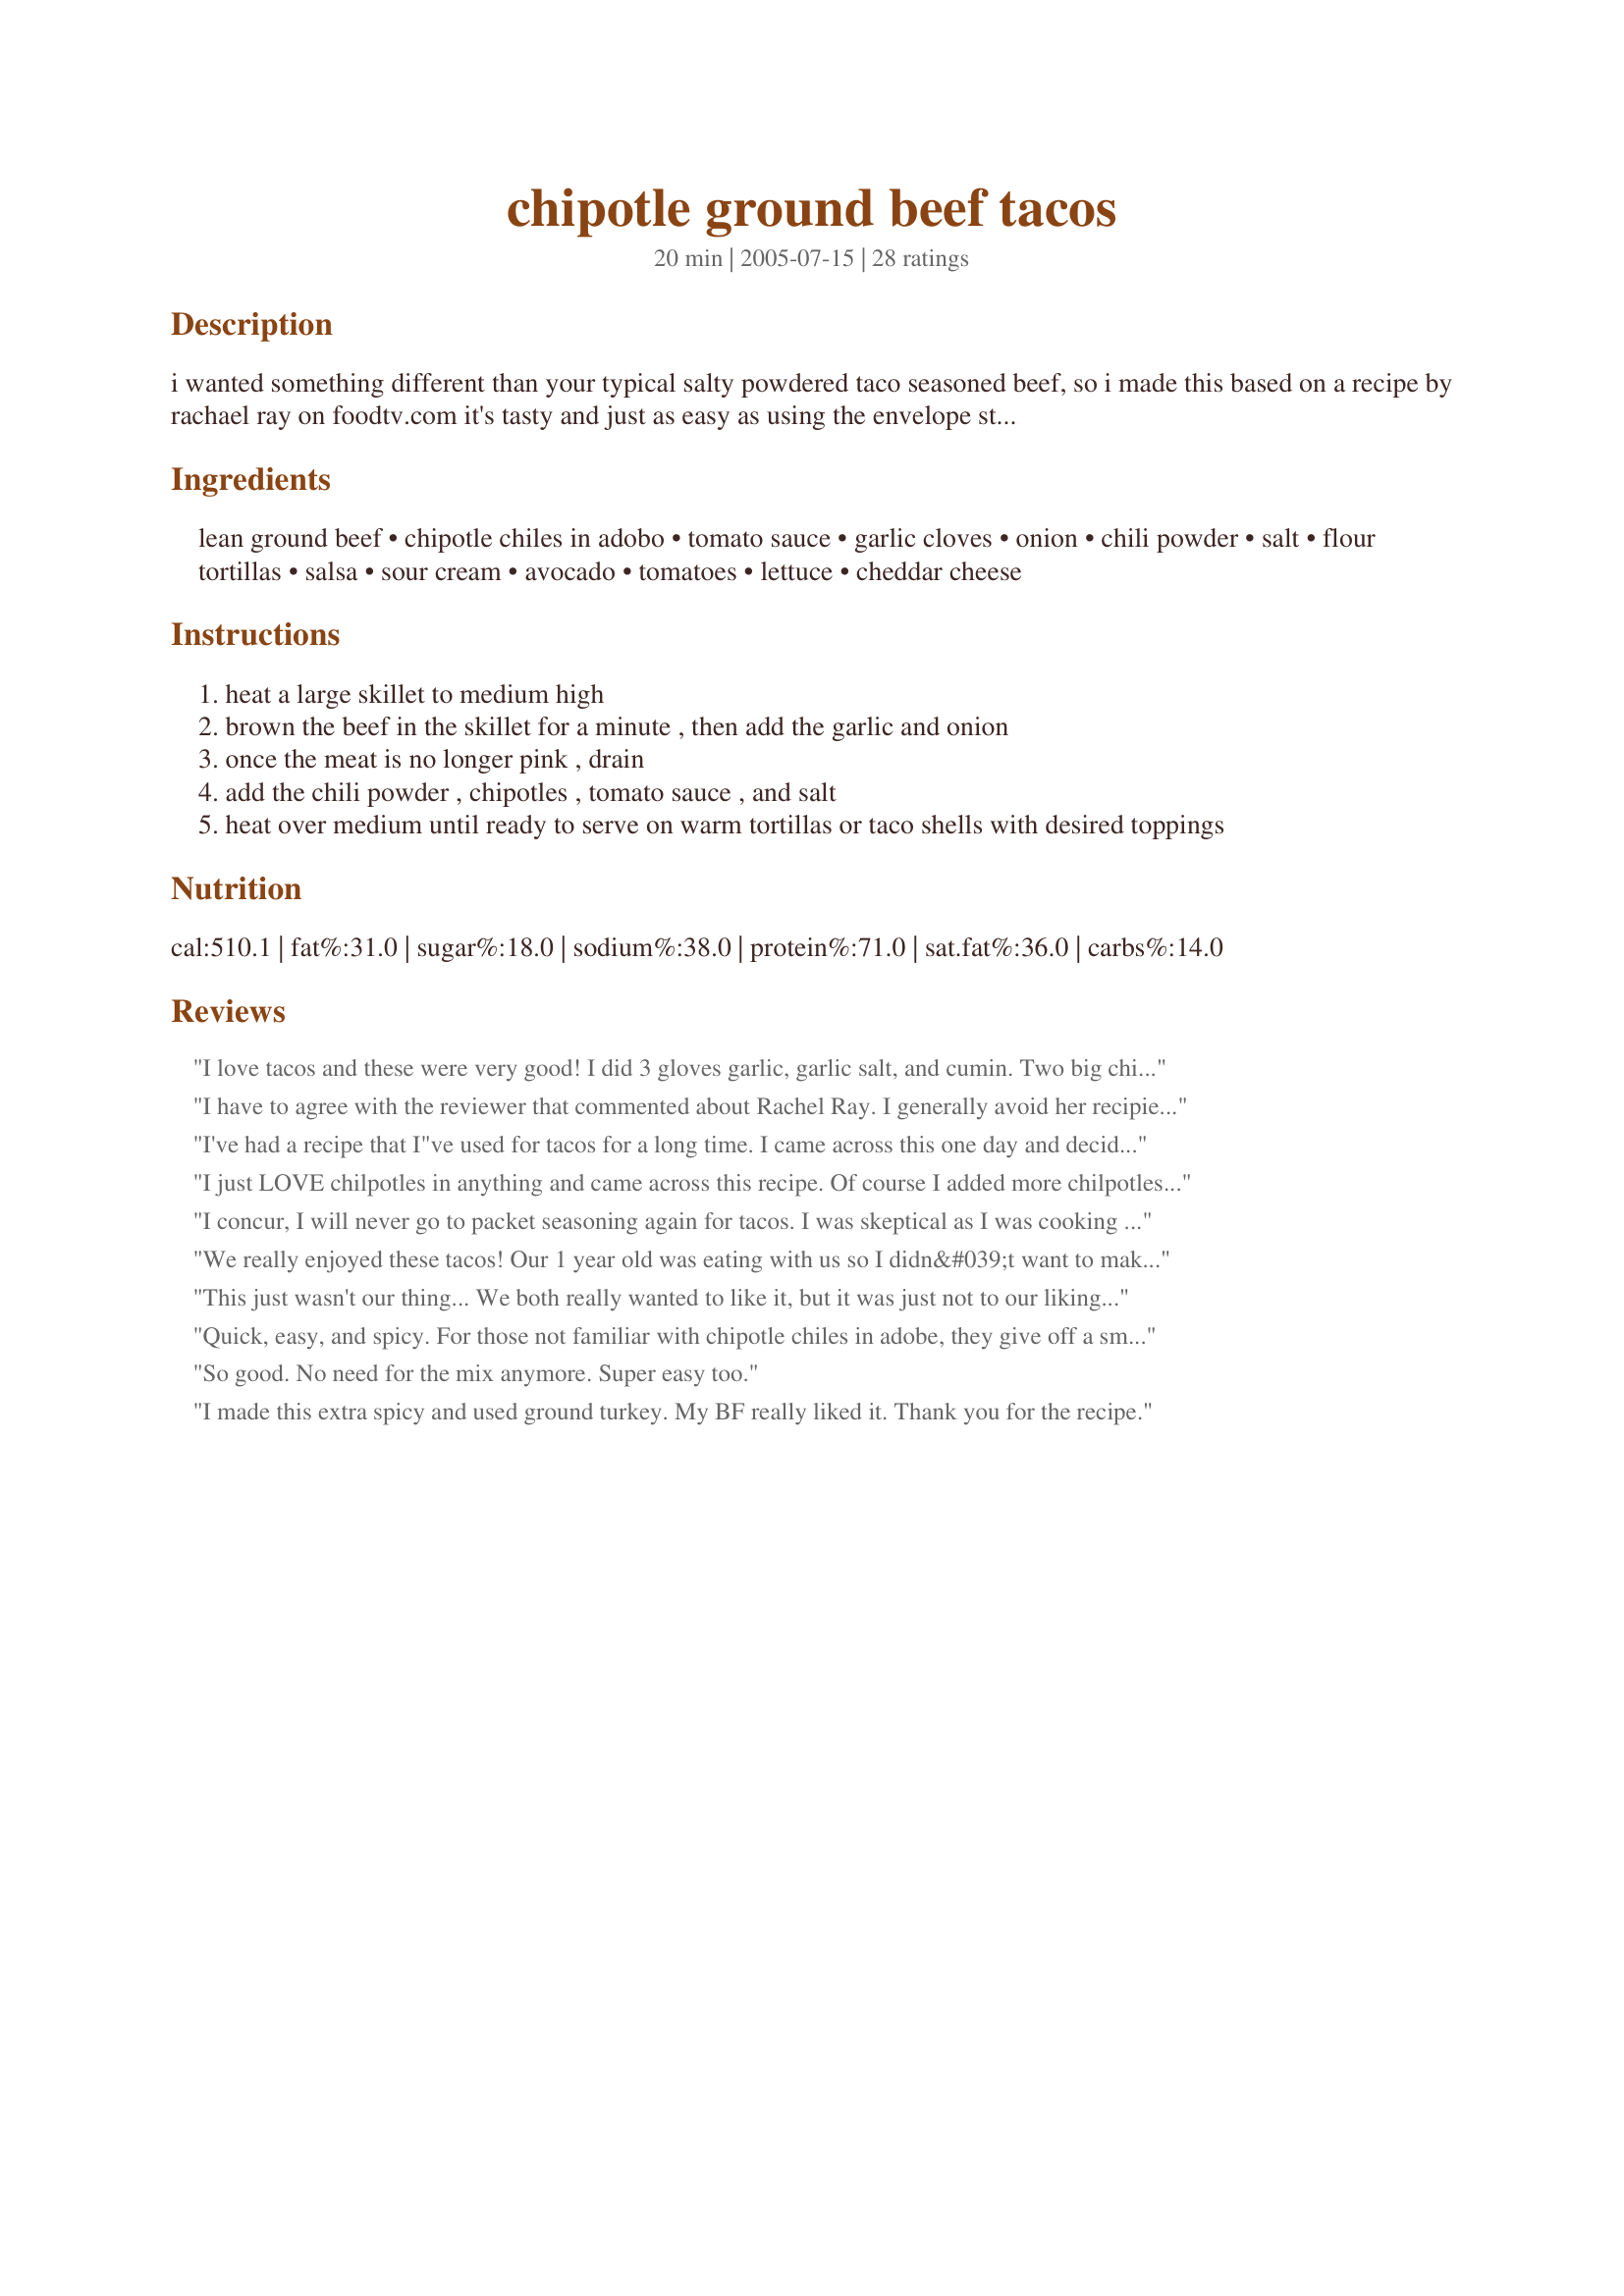
chipotle ground beef tacos
Preparation time: 20 minutes

i wanted something different than your typical salty powdered taco seasoned beef, so i made this based on a recipe by rachael ray on foodtv.com it's tasty and just as easy as using the envelope stuff!

Ingredients:
lean ground beef, chipotle chiles in adobo, tomato sauce, garlic cloves, onion, chili powder, salt, flour tortillas, salsa, sour cream, avocado, tomatoes, lettuce, cheddar cheese

Steps:
heat a large skillet to medium high
brown the beef in the skillet for a minute , then add the garlic and onion
once the meat is no longer pink , drain
add the chili powder , chipotles , tomato sauce , and salt
heat over medium until ready to serve on warm tortillas or taco shells with desired toppings

Reviews:
I love tacos and these were very good! I did 3 gloves garlic, garlic salt, and cumin. Two big chipotle peppers. My husbband liked them. Topped with lettuce, tomatoe, and sour cream. My brother had given us some homemade salsa made with black chile peppers so we added that. But I ate one without so I could taste the meat without the salsa taking away from it. I also added one diced up potatoe, only because I thought it would be hot and would tone it down.
I have to agree with the reviewer that commented about Rachel Ray. I generally avoid her recipies, however, I decided to try this one because I was in a pinch and wanted something different. To my suprise it was very good. I would make it again. Can't say it's my stand alone recipie but it was very good.
I've had a recipe that I"ve used for tacos for a long time. I came across this one day and decided to try something different. Boy, am I ever glad I did. These tacos were delicious. I'll still make my old recipe, but I'll make this one too. It's a nice change from my regular recipe. Thanks, Chipotle Chick!!
I just LOVE chilpotles in anything and came across this recipe. Of course I added more chilpotles than called for and some of the adobo sauce and a some cumin. Not an RR fan but these are fabulous! Caution to those not familiar with chilpotles, they add heat and no 2 peppers are the same size so I suggest you add one then taste it.
I concur, I will never go to packet seasoning again for tacos. I was skeptical as I was cooking it but was convinced after the first bite. The heat was perfect. Just enough kick at the end of your bite to last.
We really enjoyed these tacos! Our 1 year old was eating with us so I didn&#039;t want to make them too spicy- I still used 2 chipotle chillis but only 1tsp of chilli powder. I also added 1tsp each of cumin and oregano. I cooked the beef, onion
This just wasn't our thing... We both really wanted to like it, but it was just not to our liking. I am sorry!
Quick, easy, and spicy. For those not familiar with chipotle chiles in adobe, they give off a smokey and spicy flavor. 2 was just the right amount for us. I added about 1-2 tsp of ground cumin as well. Thanks for posting!
So good. No need for the mix anymore. Super easy too.
I made this extra spicy and used ground turkey. My BF really liked it. Thank you for the recipe.
This is an amazing recipe.........the best.
I love chipotle chilies so I used 2 large and some of the sauce in this amount. I also added a 1/2 tsp. of cumin.
My all time favourite Taco's.
Thank you so much for sharing.
Very good recipe and easy.
I thought this was easy, delicious and a lot better than the packaged spice mix. I thought it needed a touch of sweetness, so I added a little agave. The chipotles get hotter throughout the cooking process, so be careful about that.
My husband and I really enjoyed this, really good and simple to make. Thanks for sharing!
Delicious! I doubled the recipe and added half of a diced jalapeno (what I didn't use in the guac) and about 2 tsp of cumin. DH & our 2 friends really praised. I like the tomato saucy-thickness, and it was just enough heat not to be *too* hot. This will be made often in this Tex-Mex-loving household :)
It was okay, but not a keeper for us.
I do agree this was better than store bought.
Absolutely delicious! I wanted to try something to shake things up a bit. My kids didn&#039;t like this, but my husband sure did! &lt;br/&gt;I did have to add a bit more chipotle. We love the stuff. I topped mine with some shredded cheese, tomatoes, sour cream and romaine. My husband just dumped some sour cream and salsa on his. The kids are it with crunchy taco shells and cheese.
very good this is how im going to make my ground beef tacos for now on thanks
Just as good and just as easy as the pre-packaged and extremely bad for you envelopes. Thanks!
Yum! I had planned a simple meal of tacos for dinner, but discovered at the last minute that I didn't have any seasoning on hand. This recipe saved the meal while still being very simple. I used a can of diced tomatoes that I had blended smooth instead of the tomato sauce. I also upped the amount of cumin in the recipe. The result was a very flavorful and tasty dinner in just a matter of minutes. Great recipe! Thanks for posting.
Really good! Loved the chipotle flavor. I used three and it wasn't too spicy. Made this the day before and refrigerated for an easy dinner, which also allowed time for spices to meld. Will make again. Thanks for sharing the recipe!
I hate Rachael Ray. In fact, I hate her so bad that I love to hate her. I don't even like her cookware, or the colors and designs in her kitchen. I usually like 1% of recipes that she suggests. I think you get the point... This recipe is in that 1% - if tacos have become boring, bring them back to life with the chipotles in adobo! Way to go Rachel, you finally did it!
Very, very good. So easy and doesn't need those somewhat expensive little packets of taco seasoning (I don't much like the taco seasoning I've had in bulk, unfortunately). Will make again and again. Thanks. Chipotles rule!
Very very good! I added a big pinch of oregano and generous quirt of Hot Red Chili Sauce. Also, I didn't have tomato sauce on hand so I blended a can of diced tomatoes. Grubbin'!!!
I went a little heavy on the tomato sauce because I was using a different ground beef analog than usual (said it = a pound but there ain't no way!). I may have been a little heavy handed on the chiles, but we like it spicy around here. All in all a fine batch of taco "meat."
This was excellent. I used cubed beef instead of ground, and a can of tomatoes instead of tomato sauce. So very tasty and delicious! My husband really loved it. Thanks!!
This was very good and just the right amount of heat. This is a hundred times better than the taco packets from the store.
